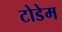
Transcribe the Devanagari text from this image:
टोडेम